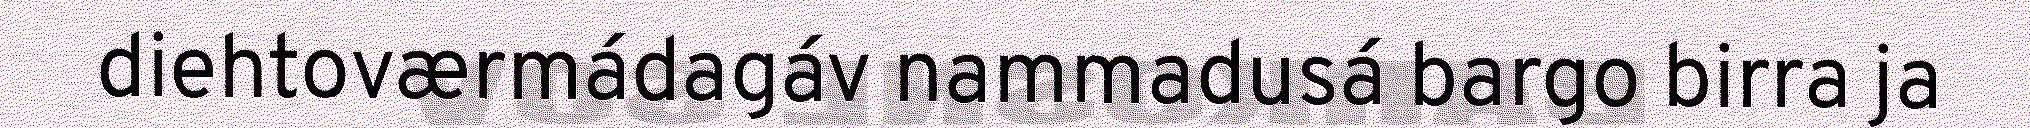
diehtoværmádagáv nammadusá bargo birra ja